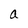
Character: a